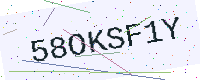
Text: 58OKSF1Y